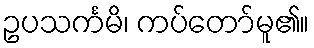
ဥပသင်္ကမိ၊ ကပ်တော်မူ၏။